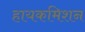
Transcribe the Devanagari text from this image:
हायकमिशन